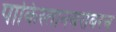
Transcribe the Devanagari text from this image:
पाकिस्तानबरोबरच